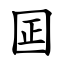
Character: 囸